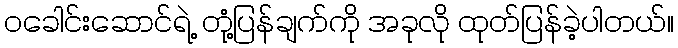
၀ခေါင်းဆောင်ရဲ့ တုံ့ပြန်ချက်ကို အခုလို ထုတ်ပြန်ခဲ့ပါတယ်။